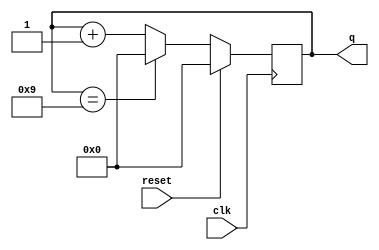
module top_module(
    input clk,
    input reset,        // Synchronous active-high reset
    output [3:0] q
);

    always@(posedge clk)
        begin
            if(reset)
                q<=0;
            else if(q==9)
                q<=0;
            else
                q<=q+1;
        end
		
endmodule